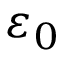
\varepsilon _ { 0 }